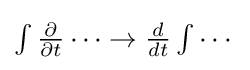
\textstyle \int {\tfrac {\partial }{\partial t}}\dots \to {\tfrac {d}{dt}}\textstyle \int \cdots